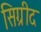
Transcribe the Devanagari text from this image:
सिग्रीद